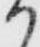
か